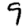
Digit: 9